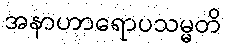
အနာဟာရောပသမ္မတိ